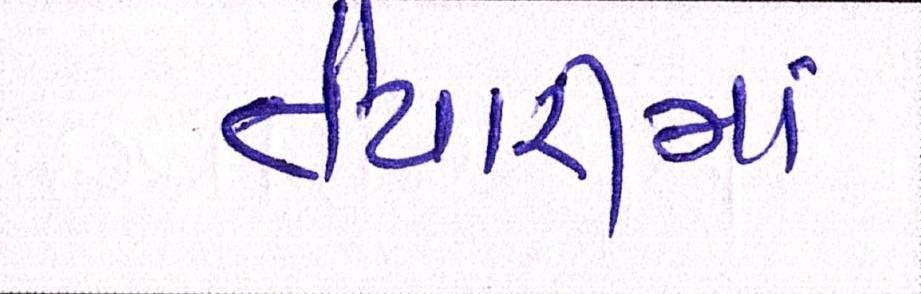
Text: તૈયારીમાં